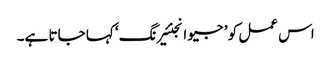
اس عمل کو ’ جیو انجنئیرنگ‘ کہا جاتا ہے۔